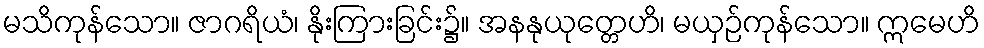
မသိကုန်သော။ ဇာဂရိယံ၊ နိုးကြားခြင်း၌။ အနနုယုတ္တေဟိ၊ မယှဉ်ကုန်သော။ ဣမေဟိ